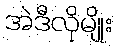
အဲဒီလိုမျိုး